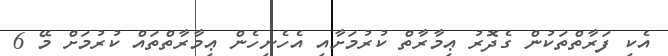
އެކި ފަރާތްތަކުން ގެދޮރު ޢިމާރާތް ކުރުމަށާއި އެހެނިހެން ޢިމާރާތްތައް ކުރުމަށް މޭ 6